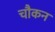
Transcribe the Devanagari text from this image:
चौकन